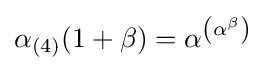
\alpha _{(4)}(1+\beta )=\alpha ^{\left(\alpha ^{\beta }\right)}